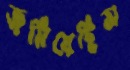
জমিয়েছিস